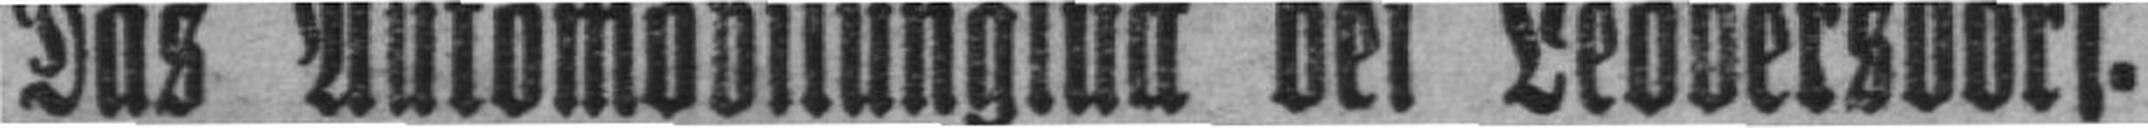
Das Automobilunglück bei Leobersdorf.